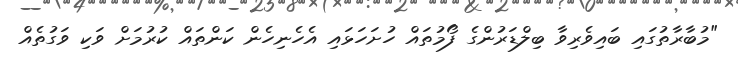
"މުބާރާތުގައި ބައިވެރިވާ ބިލްޑަރުންގެ ފޯމުތައް ހުށަހަޅައި އެހެނިހެން ކަންތައް ކުރުމަށް ވަކި ވަގުތެއް